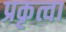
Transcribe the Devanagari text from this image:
प्रकृत्वा